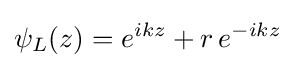
\psi _{L}(z)=e^{ikz}+r\,e^{-ikz}